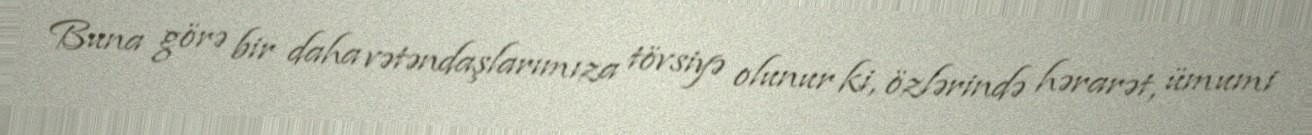
Buna görə bir daha vətəndaşlarımıza tövsiyə olunur ki, özlərində hərarət, ümumi